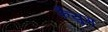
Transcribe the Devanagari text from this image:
फैयुम